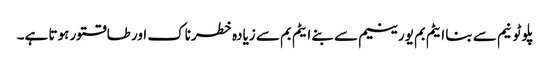
پلوٹونیم سے بنا ایٹم بم یورینیم سے بنے ایٹم بم سے زیادہ خطرناک اور طاقتور ہوتا ہے۔